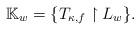
LaTeX: \begin{align*}\mathbb{K}_{w} = \{ T_{\kappa,f} \upharpoonright L_{w}\}.\end{align*}